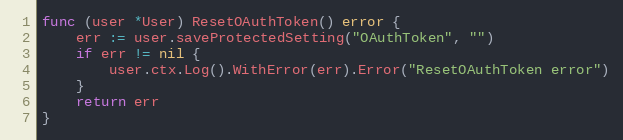
Language: Go
func (user *User) ResetOAuthToken() error {
	err := user.saveProtectedSetting("OAuthToken", "")
	if err != nil {
		user.ctx.Log().WithError(err).Error("ResetOAuthToken error")
	}
	return err
}